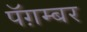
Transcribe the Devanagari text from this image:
पॅग़म्बर